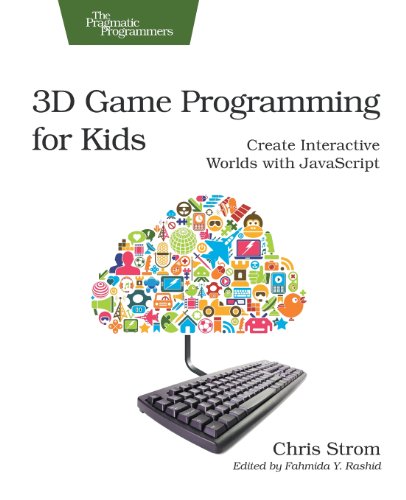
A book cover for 3D Game Programming for Kids: Create Interactive Worlds with JavaScript (Pragmatic Programmers); Chris Strom; Computers & Technology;